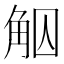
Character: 𧣕